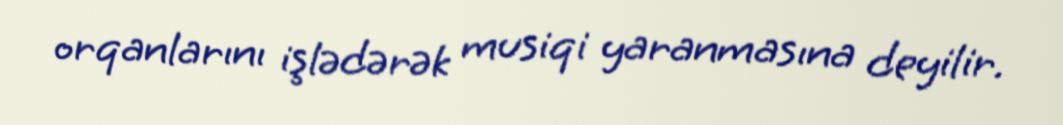
orqanlarını işlədərək musiqi yaranmasına deyilir.